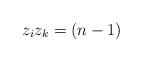
LaTeX: \begin{align*}z_i z_k = (n-1)\end{align*}